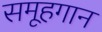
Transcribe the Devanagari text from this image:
समूहगान